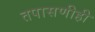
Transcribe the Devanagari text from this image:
तपासणीही